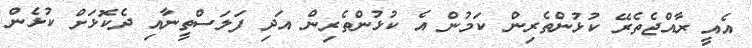
އެއީ ރާއްޖެތެރޭ ކުޅުންތެރިން ކަމުން އެ ކުޅުންތެރިން އަދި ފަލަސްތީނާއި ދެކޮޅަށް ކުޅެން